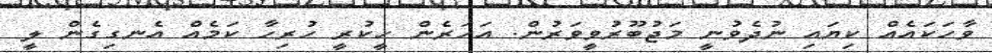
ވާހަކައެއް ކިޔައި ނުދެވުނީ މަޖުބޫރުވީވަރުން. އަހަރެން ހީކުރީ ހުރިހާ ކަމެއް އެނގިގެން ލީ